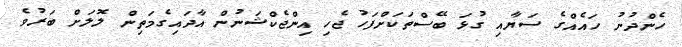
ހެންދުނު ހައެއްގެ ސަޔާއި ގުޅަ ބޭސްތަކަށްފަހު ޖެހި އިންޖެކްޝަނުން އާދައިގެމަތިން ލޮލަށް ބަރުވެ